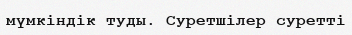
мүмкіндік туды. Суретшілер суретті